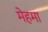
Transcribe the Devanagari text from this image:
मेहमा